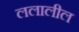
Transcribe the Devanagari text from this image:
ललालील